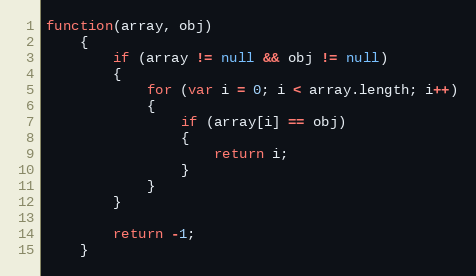
Language: JavaScript
function(array, obj)
	{
		if (array != null && obj != null)
		{
			for (var i = 0; i < array.length; i++)
			{
				if (array[i] == obj)
				{
					return i;
				}
			}
		}

		return -1;
	}